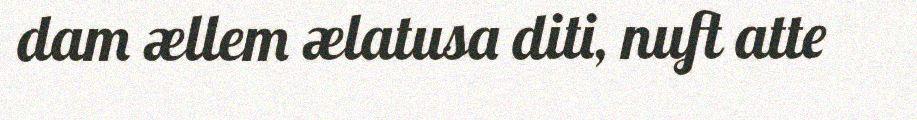
dam ællem ælatusa diti, nuft atte